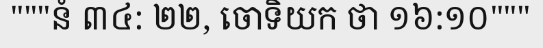
"""នំ ៣៤: ២២, ចោទិយក ថា ១៦:១០"""